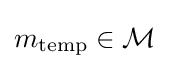
m_{\mathrm {temp} }\in {\mathcal {M}}